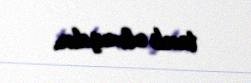
tank olmuşdur.